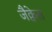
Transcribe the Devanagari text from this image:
जैक्वेस